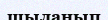
шыланып